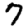
Digit: 7